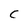
Character: C